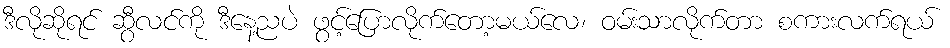
ဒီလိုဆိုရင် ဆွီလင်ကို ဒီနေ့ညပဲ ဖွင့်ပြောလိုက်တော့မယ်လေ၊ ဝမ်းသာလိုက်တာ စကားလက်ရယ်